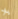
يلا